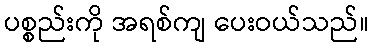
ပစ္စည်းကို အရစ်ကျ ပေးဝယ်သည်။